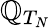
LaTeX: \mathbb{Q}_{T_{N}}